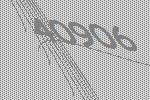
40906